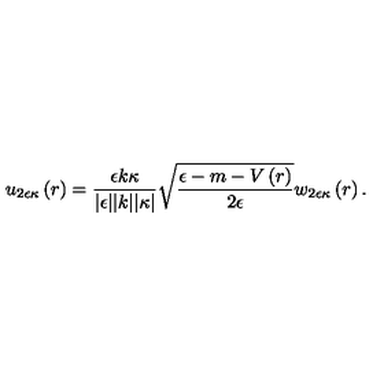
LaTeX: u _ { 2 \epsilon \kappa } \left( r \right) = \frac { \epsilon k \kappa } { \vert \epsilon \vert \vert k \vert \vert \kappa \vert } \sqrt { \frac { \epsilon - m - V \left( r \right) } { 2 \epsilon } } w _ { 2 \epsilon \kappa } \left( r \right) .